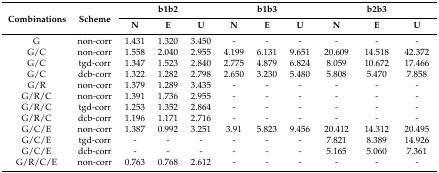
| <ROWSPAN=2> Combinations | <ROWSPAN=2> Scheme | <COLSPAN=3> b1b2 | <COLSPAN=3> b1b3 | <COLSPAN=3> b2b3 |
 | N | E | U | N | E | U | N | E | U |
 | --- | --- | --- | --- | --- | --- | --- | --- | --- | --- | --- |
 | G | non-corr | 1.431 | 1.320 | 3.450 | - | - | - | - | - | - |
 | G/C | non-corr | 1.558 | 2.040 | 2.955 | 4.199 | 6.131 | 9.651 | 20.609 | 14.518 | 42.372 |
 | G/C | tgd-corr | 1.347 | 1.523 | 2.840 | 2.775 | 4.879 | 6.824 | 8.059 | 10.672 | 17.466 |
 | G/C | dcb-corr | 1.322 | 1.282 | 2.798 | 2.650 | 3.230 | 5.480 | 5.808 | 5.470 | 7.858 |
 | G/R | non-corr | 1.379 | 1.289 | 3.435 | - | - | - | - | - | - |
 | G/R/C | non-corr | 1.391 | 1.736 | 2.955 | - | - | - | - | - | - |
 | G/R/C | tgd-corr | 1.253 | 1.352 | 2.864 | - | - | - | - | - | - |
 | G/R/C | dcb-corr | 1.196 | 1.171 | 2.716 | - | - | - | - | - | - |
 | G/C/E | non-corr | 1.387 | 0.992 | 3.251 | 3.91 | 5.823 | 9.456 | 20.412 | 14.312 | 20.495 |
 | G/C/E | tgd-corr | - | - | - | - | - | - | 7.821 | 8.389 | 14.926 |
 | G/C/E | dcb-corr | - | - | - | - | - | - | 5.165 | 5.060 | 7.361 |
 | G/R/C/E | non-corr | 0.763 | 0.768 | 2.612 | - | - | - | - | - | - |